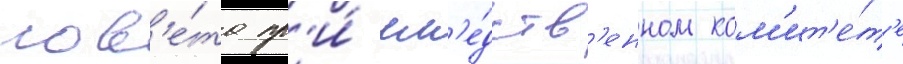
сов'е́та пр'и́ сл'е́дств'енном ком'ит'е́т'е